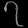
Digit: ၇